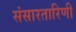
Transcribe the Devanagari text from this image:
संसारतारिणी